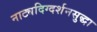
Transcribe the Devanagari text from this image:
नाट्यदिग्दर्शनसुद्धा